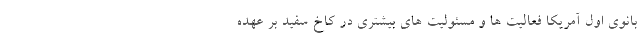
بانوی اول آمریکا فعالیت ها و مسئولیت های بیشتری در کاخ سفید بر عهده